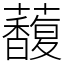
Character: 𧄦